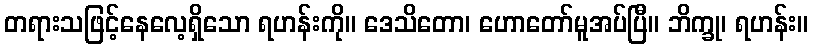
တရားသဖြင့်နေလေ့ရှိသော ရဟန်းကို။ ဒေသိတော၊ ဟောတော်မူအပ်ပြီ။ ဘိက္ခု၊ ရဟန်း။